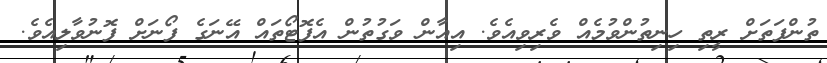
ތުންފަތަށް ރީތި ހިނިތުންވުމެއް ވެރިވިއެވެ. އިއާން ވަގުތުން އެފޮޓޯތައް އޭނަގެ ފޯނަށް ފޮނުވާލިއެވެ.